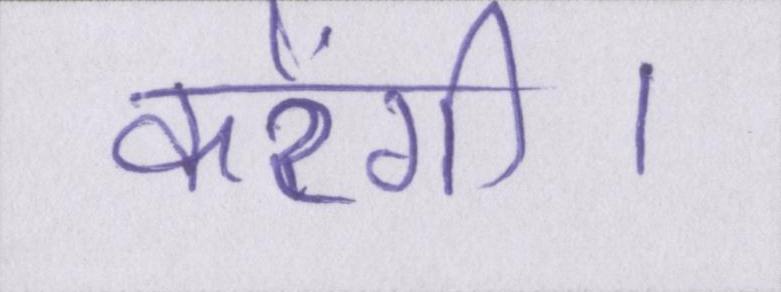
करेंगी।